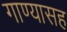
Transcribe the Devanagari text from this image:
गाण्यासह